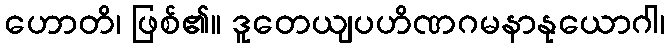
ဟောတိ၊ ဖြစ်၏။ ဒူတေယျပဟိဏဂမနာနုယောဂါ၊